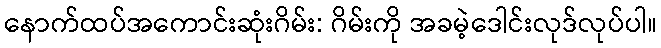
နောက်ထပ်အကောင်းဆုံးဂိမ်း: ဂိမ်းကို အခမဲ့ဒေါင်းလုဒ်လုပ်ပါ။